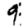
Digit: 9